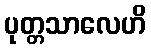
ပုတ္တသာလေဟိ